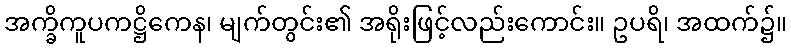
အက္ခိကူပကဋ္ဌိကေန၊ မျက်တွင်း၏ အရိုးဖြင့်လည်းကောင်း။ ဥပရိ၊ အထက်၌။